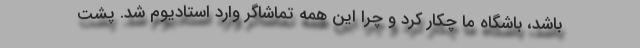
باشد، باشگاه ما چکار کرد و چرا این همه تماشاگر وارد استادیوم شد. پشت